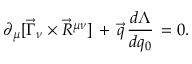
\partial _ { \mu } [ \vec { \Gamma } _ { \nu } \times \vec { R } ^ { \mu \nu } ] \, + \, \vec { q } \, \frac { d \Lambda } { d q _ { 0 } } \, = 0 .